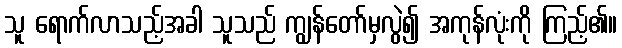
သူ ရောက်လာသည့်အခါ သူသည် ကျွန်တော်မှလွဲ၍ အကုန်လုံးကို ကြည့်၏။